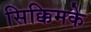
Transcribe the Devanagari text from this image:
सिक्किमके